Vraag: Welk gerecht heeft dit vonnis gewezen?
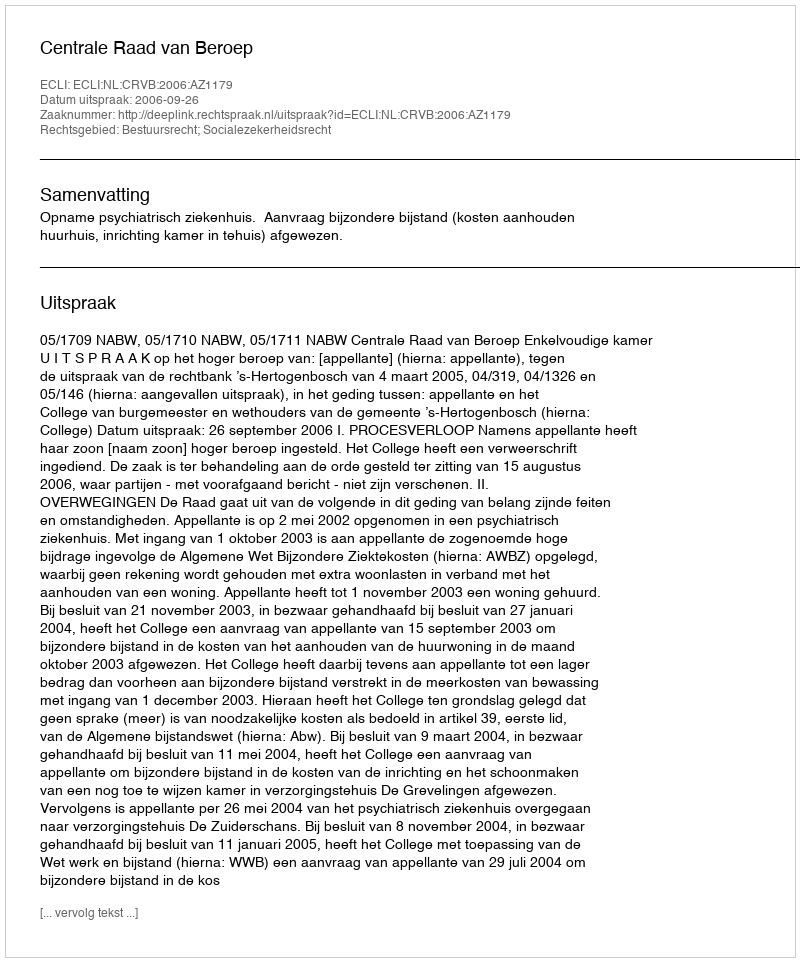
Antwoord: Centrale Raad van Beroep